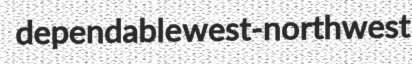
dependable west-northwest